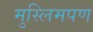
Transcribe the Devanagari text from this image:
मुस्लिमपण